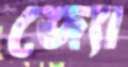
জ্যো